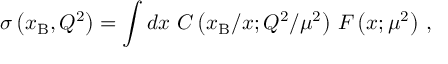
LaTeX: \sigma \left( x _ { \mathrm { B } } , Q ^ { 2 } \right) = \int d x \ C \left( x _ { \mathrm { B } } / x ; Q ^ { 2 } / \mu ^ { 2 } \right) \, F \left( x ; \mu ^ { 2 } \right) \, ,